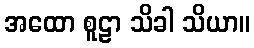
အထော စူဠာ သိခါ သိယာ။